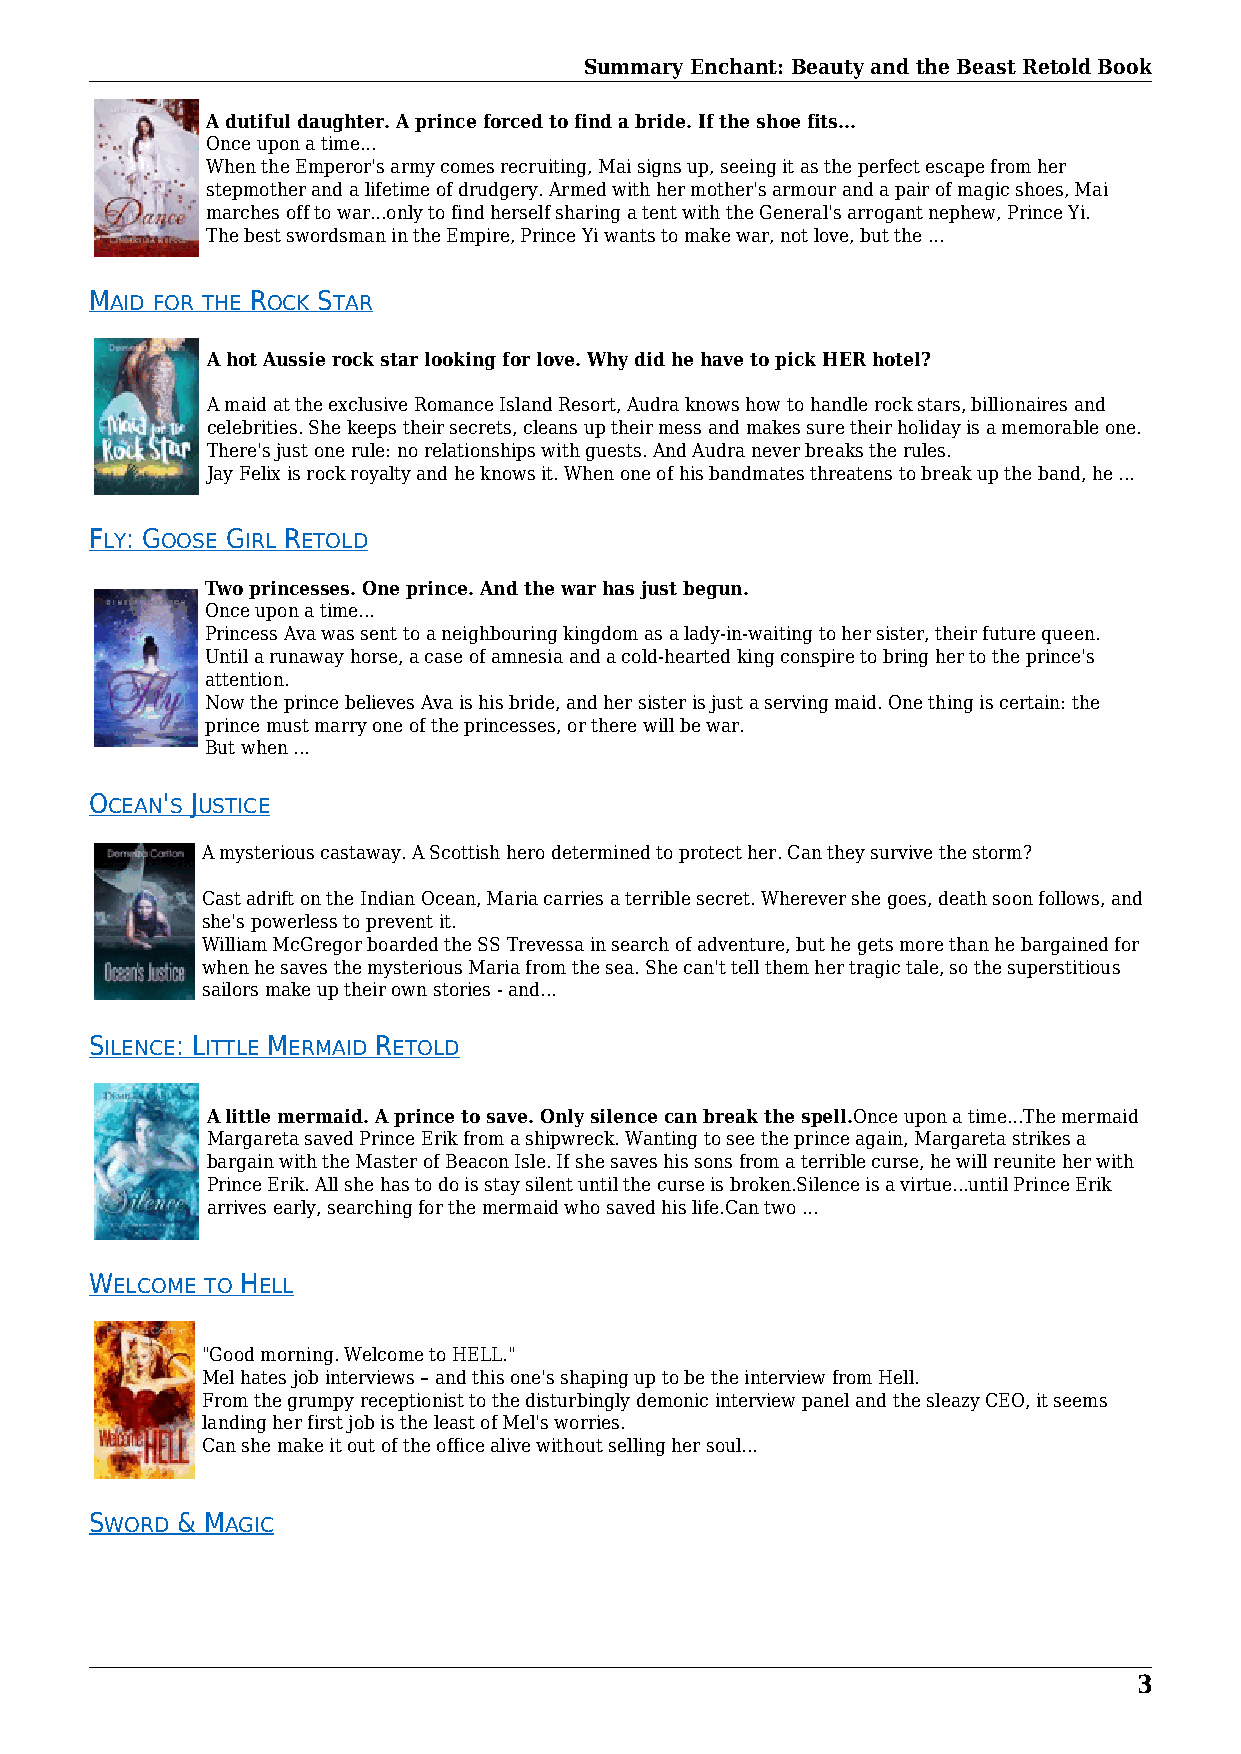
Summary Enchant: Beauty and the Beast Retold Book
 A dutiful daughter. A prince forced to find a bride. If the shoe fits...
 Once upon a time...
 When the Emperor's army comes recruiting, Mai signs up, seeing it as the perfect escape from her
 stepmother and a lifetime of drudgery. Armed with her mother's armour and a pair of magic shoes, Mai
 marches off to war...only to find herself sharing a tent with the General's arrogant nephew, Prince Yi.
 The best swordsman in the Empire, Prince Yi wants to make war, not love, but the ...
 MAID FOR THE ROCK STAR
 A hot Aussie rock star looking for love. Why did he have to pick HER hotel?
 A maid at the exclusive Romance Island Resort, Audra knows how to handle rock stars, billionaires and
 celebrities. She keeps their secrets, cleans up their mess and makes sure their holiday is a memorable one.
 There's just one rule: no relationships with guests. And Audra never breaks the rules.
 Jay Felix is rock royalty and he knows it. When one of his bandmates threatens to break up the band, he ...
 FLY: GOOSE GIRL RETOLD
 Two princesses. One prince. And the war has just begun.
 Once upon a time...
 Princess Ava was sent to a neighbouring kingdom as a lady-in-waiting to her sister, their future queen.
 Until a runaway horse, a case of amnesia and a cold-hearted king conspire to bring her to the prince's
 attention.
 Now the prince believes Ava is his bride, and her sister is just a serving maid. One thing is certain: the
 prince must marry one of the princesses, or there will be war.
 But when ...
 OCEAN'S JUSTICE
 A mysterious castaway. A Scottish hero determined to protect her. Can they survive the storm?
 Cast adrift on the Indian Ocean, Maria carries a terrible secret. Wherever she goes, death soon follows, and
 she's powerless to prevent it.
 William McGregor boarded the SS Trevessa in search of adventure, but he gets more than he bargained for
 when he saves the mysterious Maria from the sea. She can't tell them her tragic tale, so the superstitious
 sailors make up their own stories - and...
 SILENCE: LITTLE MERMAID RETOLD
 A little mermaid. A prince to save. Only silence can break the spell.Once upon a time...The mermaid
 Margareta saved Prince Erik from a shipwreck. Wanting to see the prince again, Margareta strikes a
 bargain with the Master of Beacon Isle. If she saves his sons from a terrible curse, he will reunite her with
 Prince Erik. All she has to do is stay silent until the curse is broken.Silence is a virtue...until Prince Erik
 arrives early, searching for the mermaid who saved his life.Can two ...
 WELCOME TO HELL
 "Good morning. Welcome to HELL."
 Mel hates job interviews – and this one's shaping up to be the interview from Hell.
 From the grumpy receptionist to the disturbingly demonic interview panel and the sleazy CEO, it seems
 landing her first job is the least of Mel's worries.
 Can she make it out of the office alive without selling her soul...
 SWORD & MAGIC
 3